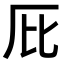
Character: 𠨽